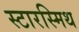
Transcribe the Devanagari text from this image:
स्टारस्मिथ